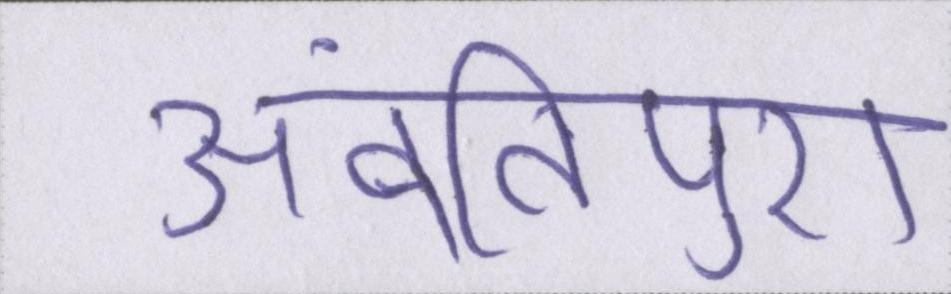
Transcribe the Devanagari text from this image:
अवंतिपुर